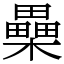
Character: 櫐